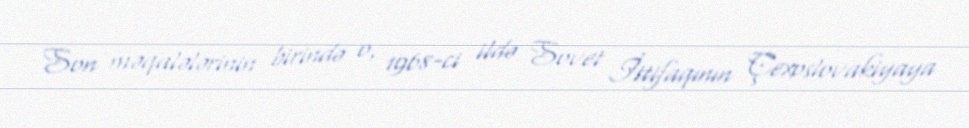
Son məqalələrinin birində o, 1968-ci ildə Sovet İttifaqının Çexoslovakiyaya